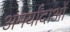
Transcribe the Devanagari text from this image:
अमर्यादाओं